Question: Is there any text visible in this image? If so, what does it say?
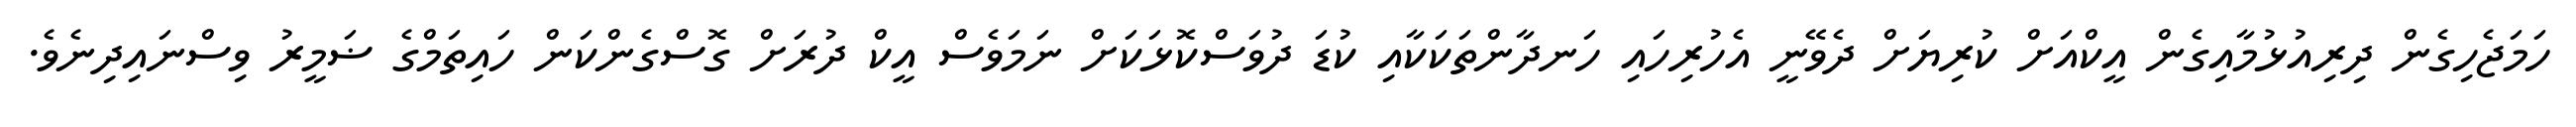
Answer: ހަމަޖެހިގެން ދިރިއުޅުމާއިގެން އީކްއަށް ކުރިޔަށް ދެވޭނީ އެހުރިހައި ހަނދާންތަކަކާއި ކުޑަ ދުވަސްކޮޅަކަށް ނަމަވެސް އީކް ދުރަށް ގޮސްގެންކަން ހައިތަމްގެ ޟަމީރު ވިސްނައިދިނެވެ.